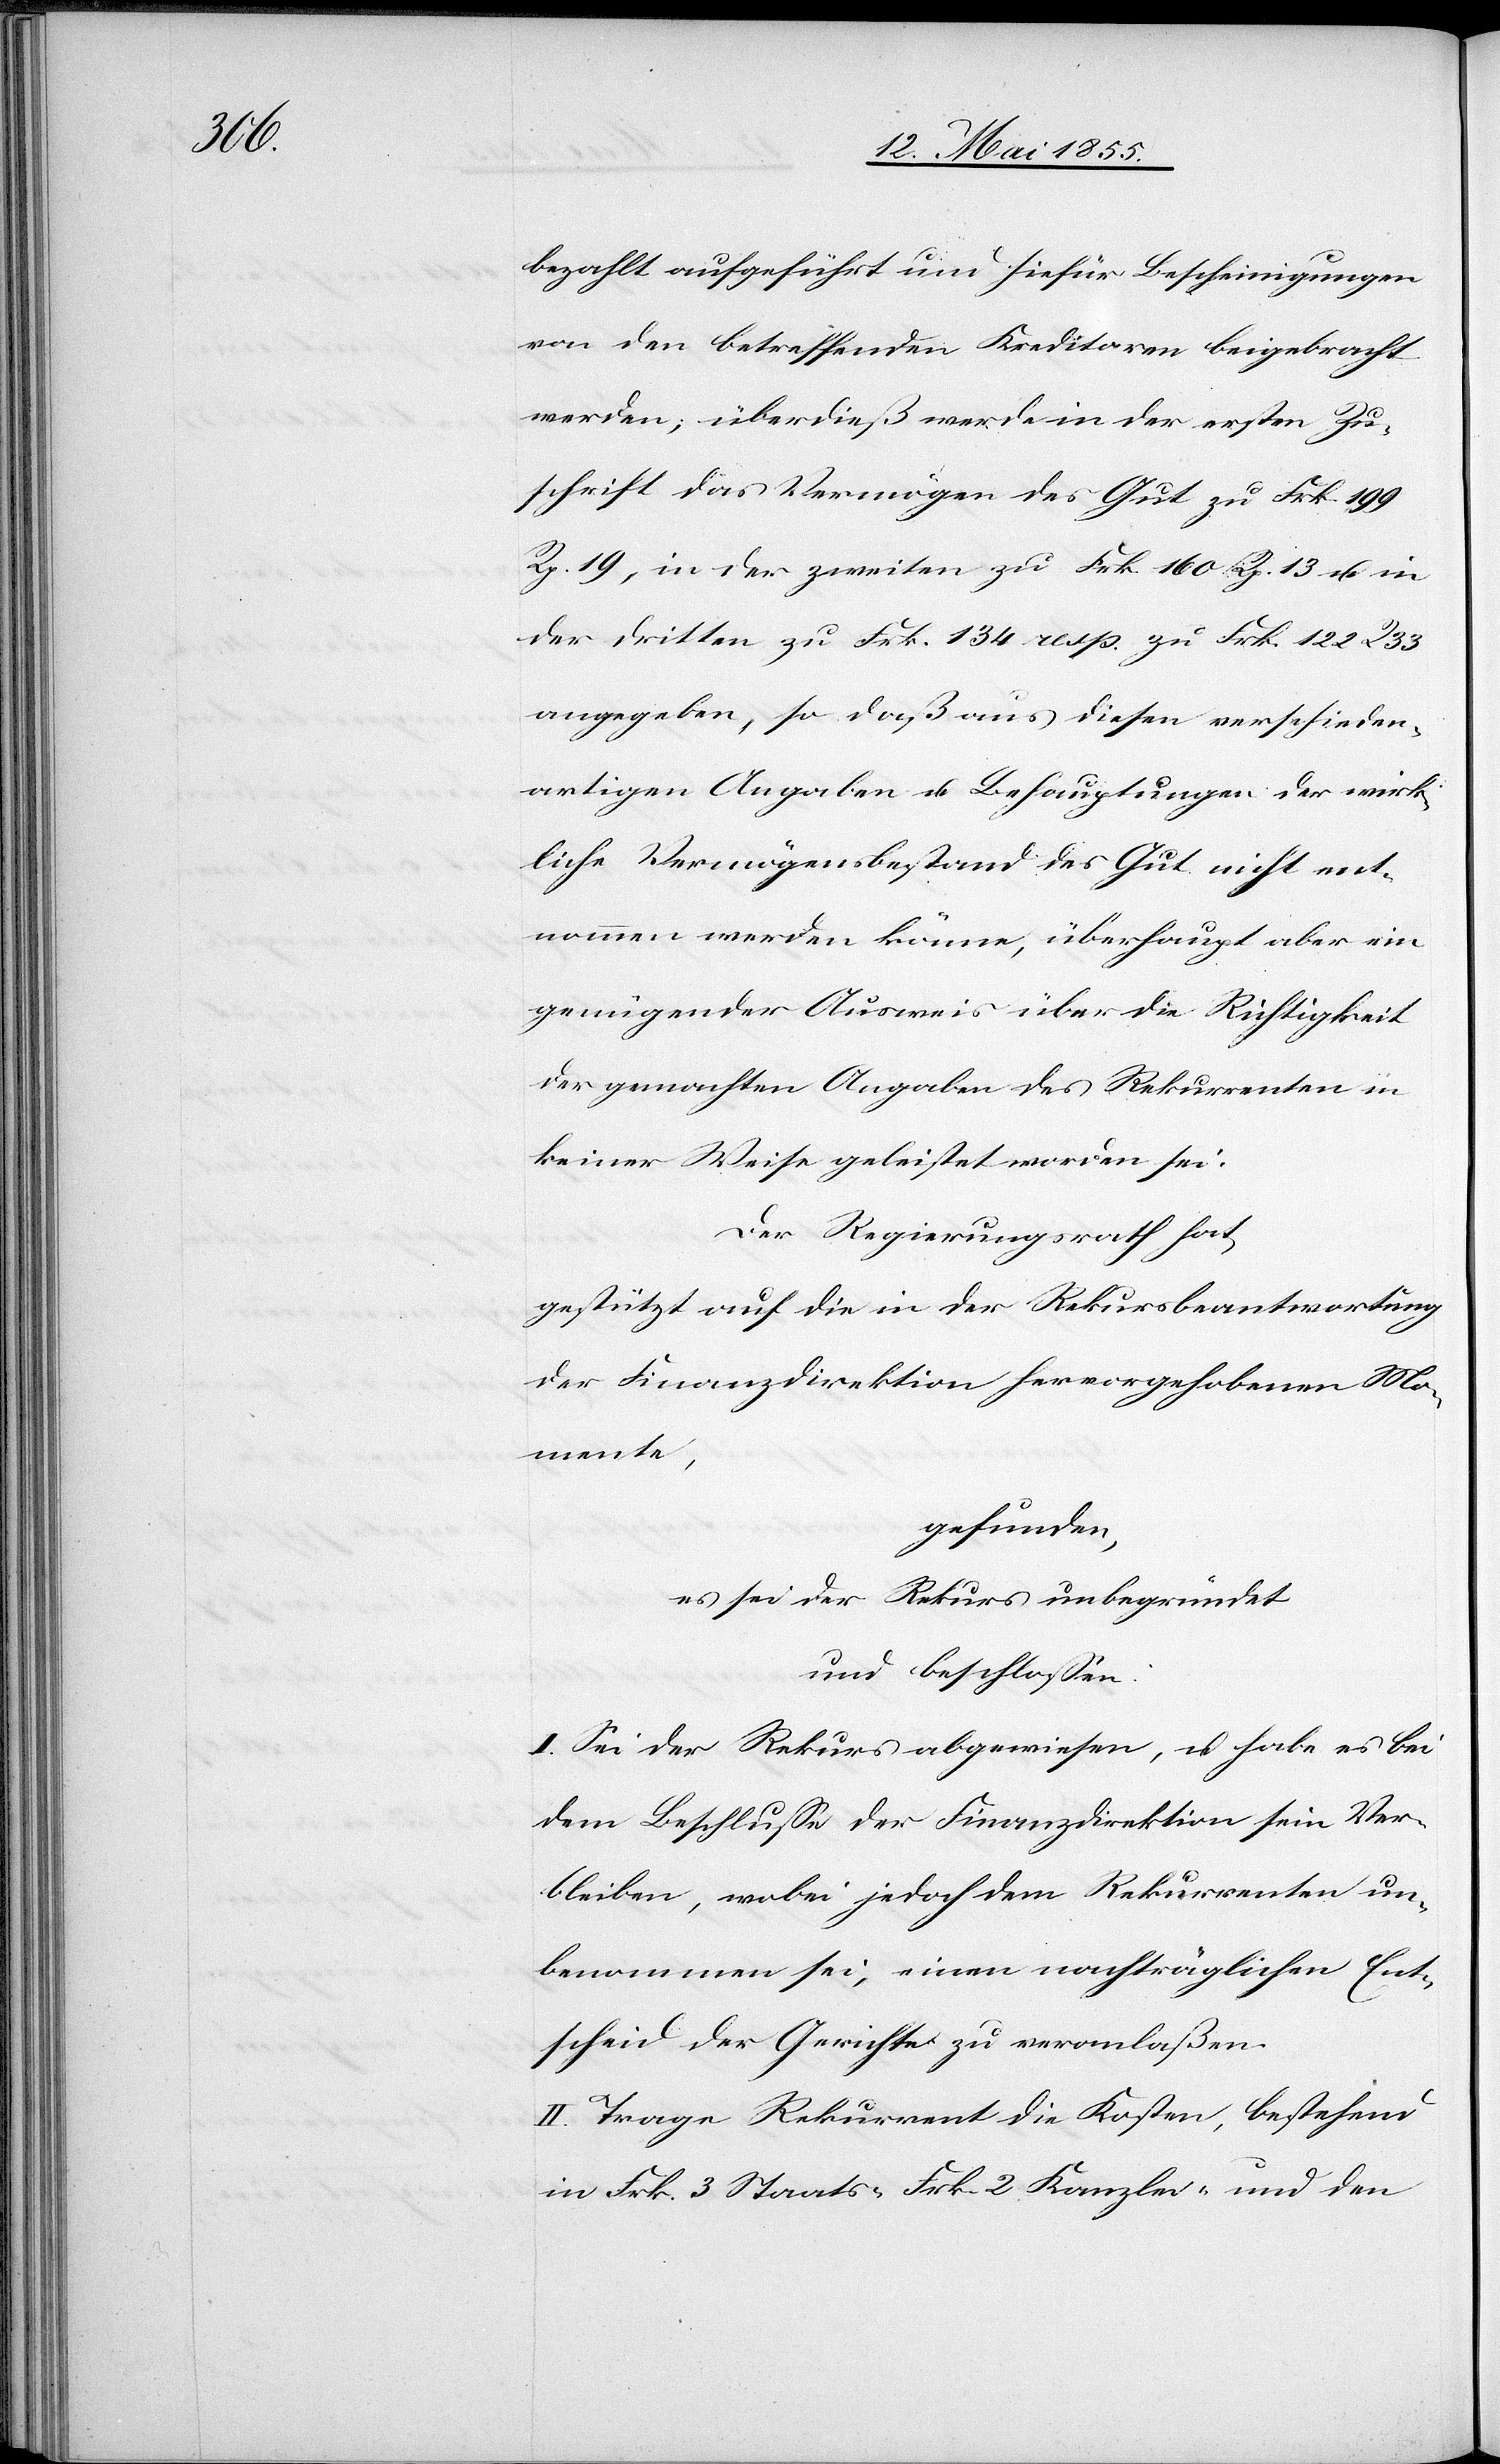
bezahlt aufgeführt und hiefür Bescheinigungen
von den betreffenden Kreditoren beigebracht
werden; überdieß werde in der ersten Zu¬
schrift das Vermögen des Gut zu Frk. 199
Rp. 19, in der zweiten zu Frk. 160 Rp. 13 u. in
der dritten zu Frk. 134 resp. zu Frk. 122 R 33
angegeben, so daß aus diesen verschieden¬
artigen Angaben u. Behauptungen der wirk¬
liche Vermögensbestand des Gut nicht ent¬
nommen werden könne, überhaupt aber ein
genügender Ausweis über die Richtigkeit
der gemachten Angaben des Rekurrenten in
keiner Weise geleistet worden sei.
Der Regierungsrath hat,
gestützt auf die in der Rekursbeantwortung
der Finanzdirektion hervorgehobenen Mo¬
mente,
gefunden,
es sei der Rekurs unbegründet
und beschlossen:
I. Sei der Rekurs abgewiesen, u. habe es bei
dem Beschlusse der Finanzdirektion sein Ver¬
bleiben, wobei jedoch dem Rekurrenten un¬
benommen sei, einen nachträglichen Ent¬
scheid der Gerichte zu veranlaßen.
II. Trage Rekurrent die Kosten, bestehend
in Frk. 3 Staats-[,] Frk. 2 Kanzlei- und den